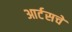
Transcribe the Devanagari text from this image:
आर्टसचे